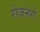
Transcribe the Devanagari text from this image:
रोजनर्रा